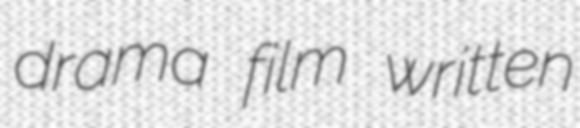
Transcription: drama film written